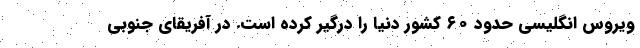
ویروس انگلیسی حدود ۶۰ کشور دنیا را درگیر کرده است. در آفریقای جنوبی